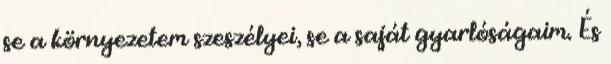
se a környezetem szeszélyei, se a saját gyarlóságaim. És